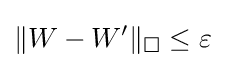
\lVert W-W'\rVert _{\square }\leq \varepsilon